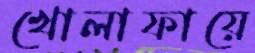
খোলাফায়ে